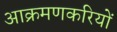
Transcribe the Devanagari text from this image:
आक्रमणकरियों